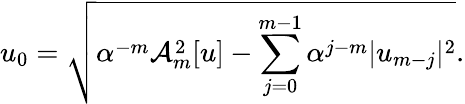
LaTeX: u_{0}=\sqrt{\alpha^{-m}\mathcal{A}_{m}^{2}[u]-\sum_{j=0}^{m-1}\alpha^{j-m}|u_{m-j}|^{2}}.